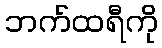
ဘက်ထရီကို